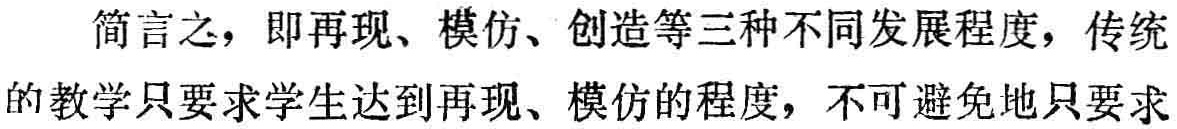
简言之，即再现、模仿、创造等三种不同发展程度，传统的教学只要求学生达到再现、模仿的程度，不可避免地只要求